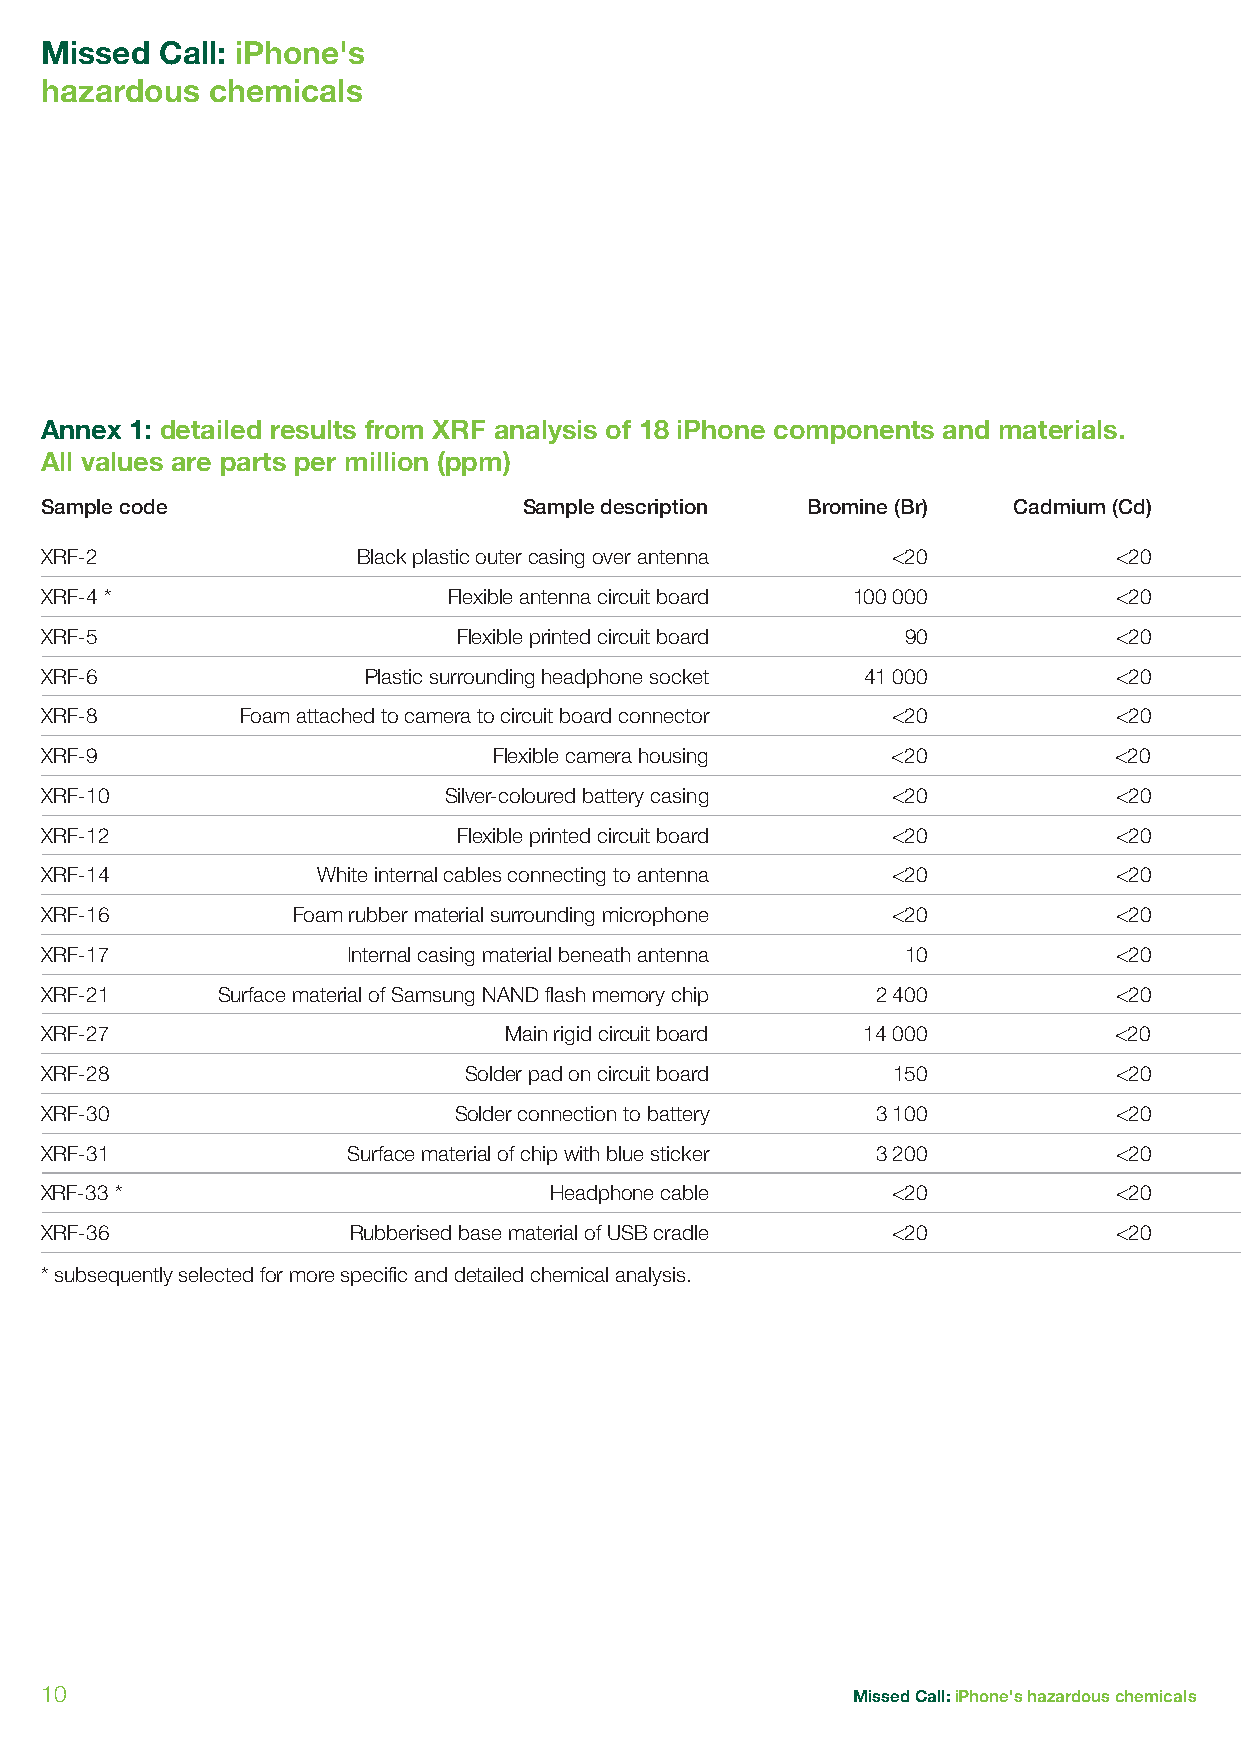
Missed  Call: iPhone's
 hazardous  chemicals
 Annex 1: detailed results from XRF analysis of 18 iPhone components and materials.
 All values are parts per million (ppm)
 Sample code                     Sample description Bromine (Br) Cadmium (Cd)        Chromium (Cr)      Mercury (Hg)        Lead (Pb)                  Other
 XRF-2                Black plastic outer casing over antenna <20       <20                 <20               <20               10                        -
 XRF-4 *                    Flexible antenna circuit board 100 000      <20                 <20               <20              <20                Antimony (Sb)
 XRF-5                      Flexible printed circuit board 90           <20                 180               <20               80                        -
 XRF-6                Plastic surrounding headphone socket 41 000       <20                 100               <20              <20                Antimony (Sb)
 XRF-8        Foam attached to camera to circuit board connector <20    <20                 <20               <20              <20                        -
 XRF-9                         Flexible camera housing   <20            <20                 160               <20              <20                        -
 XRF-10                    Silver-coloured battery casing <20           <20                 280               <20              <20                        -
 XRF-12                     Flexible printed circuit board <20          <20                 <20               <20              <20                        -
 XRF-14            White internal cables connecting to antenna <20      <20                 <20               <20              <20                        -
 XRF-16          Foam rubber material surrounding microphone <20        <20                 <20               <20               60                        -
 XRF-17              Internal casing material beneath antenna 10        <20                 <20               <20              <20                        -
 XRF-21     Surface material of Samsung NAND flash memory chip 2 400    <20                 <20               <20              <20        Antimony (Sb) Chlorine (Cl)
 XRF-27                        Main rigid circuit board 14 000          <20                 <20               <20              <20                        -
 XRF-28                      Solder pad on circuit board 150            <20                 <20               <20              <20                        -
 XRF-30                     Solder connection to battery 3 100          <20                 <20               <20              <20                        -
 XRF-31              Surface material of chip with blue sticker 3 200   <20                 <20               <20              <20                Antimony (Sb)
 XRF-33 *                         Headphone cable        <20            <20                 <20               <20              <20                 Chlorine (Cl)
 XRF-36              Rubberised base material of USB cradle <20         <20                 <20               <20               50                        -
 * subsequently selected for more specific and detailed chemical analysis.
 10                                                   Missed Call:iPhone's hazardous chemicals